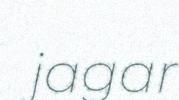
jagar